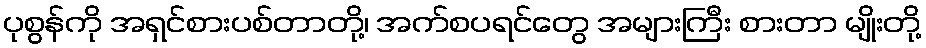
ပုစွန်ကို အရှင်စားပစ်တာတို့၊ အက်စပရင်တွေ အများကြီး စားတာ မျိုးတို့